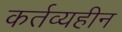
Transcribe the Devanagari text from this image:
कर्तव्यहीन